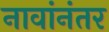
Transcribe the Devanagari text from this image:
नावांनंतर